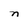
Character: n